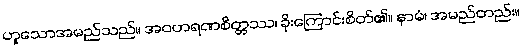
ဟူသောအမည်သည်။ အဝဟရဏစိတ္တဿ၊ ခိုးကြောင်းစိတ်၏။ နာမံ၊ အမည်တည်း။